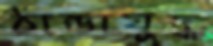
ঠান্ডাযুদ্ধ